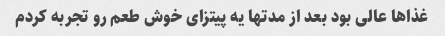
غذا‌ها عالی بود بعد از مدتها یه پیتزای خوش طعم رو تجربه کردم